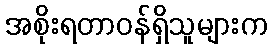
အစိုးရတာဝန်ရှိသူများက